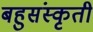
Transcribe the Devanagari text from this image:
बहुसंस्कृती